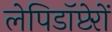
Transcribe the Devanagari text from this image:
लेपिडॉप्टेरों